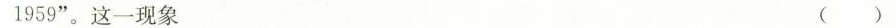
1959”。这一现象 ( )